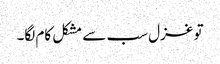
تو غزل سب سے مشکل کام لگا۔